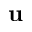
\textbf { u }